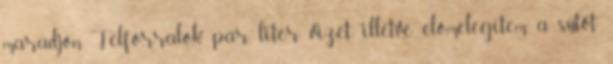
maradjon. Felforralok pár liter vizet, illetve előmelegítem a sütőt